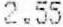
2.55